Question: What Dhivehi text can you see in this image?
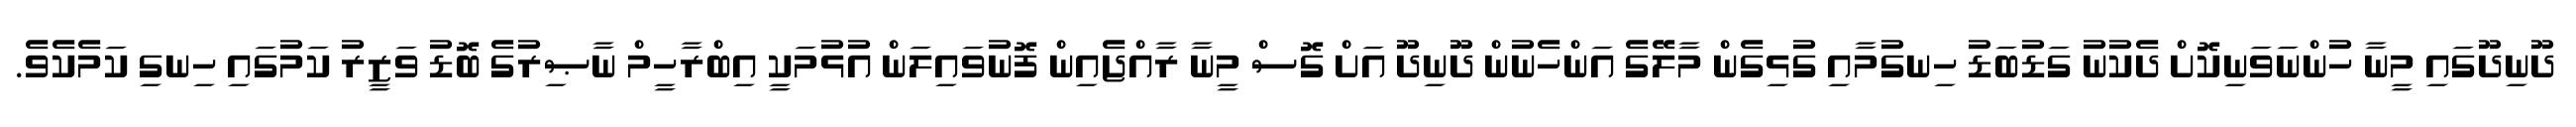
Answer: ދޫނިދޫގައި މީނާ ހުންނަވަނިކޮށް ދެކުނު ގަޑުބަޑު ހިނގުމާއި ގުޅިގެން މާލޭގެ އަންހެނުން ދޫނިދޫ އަށް ގޮސް މީނާ ރާއްޖެއިން ފޮނުވައިލަން އުޅުމަކީ އިބްރާހީމް ނާޞިރުގެ ބޮޑު ވަޒީރު ކަމުގައި ހިނގި ކަމެކެވެ.